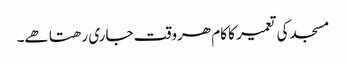
مسجد کی تعمیر کا کام ھروقت جاری رھتا ھے۔